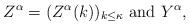
LaTeX: \begin{align*}Z^\alpha=(Z^\alpha(k))_{k\leq\kappa} \mbox{ and } Y^\alpha,\end{align*}